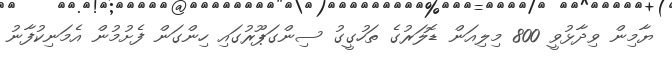
ޔާމިން ވިދާޅުވީ 800 މިލިއަން ޑޮލަރުގެ ތަހުގީގު ސިންގަޕޫރުގައި ހިންގަން ފެށުމުން އެމަނިކުފާނު